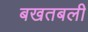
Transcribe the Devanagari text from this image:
बखतबली